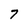
Character: 7